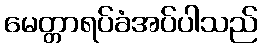
မေတ္တာရပ်ခံအပ်ပါသည်